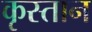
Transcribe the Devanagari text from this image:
कृस्तान